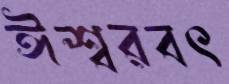
ঈশ্বরবৎ